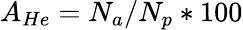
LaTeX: A_{He}=N_{a}/N_{p}*100